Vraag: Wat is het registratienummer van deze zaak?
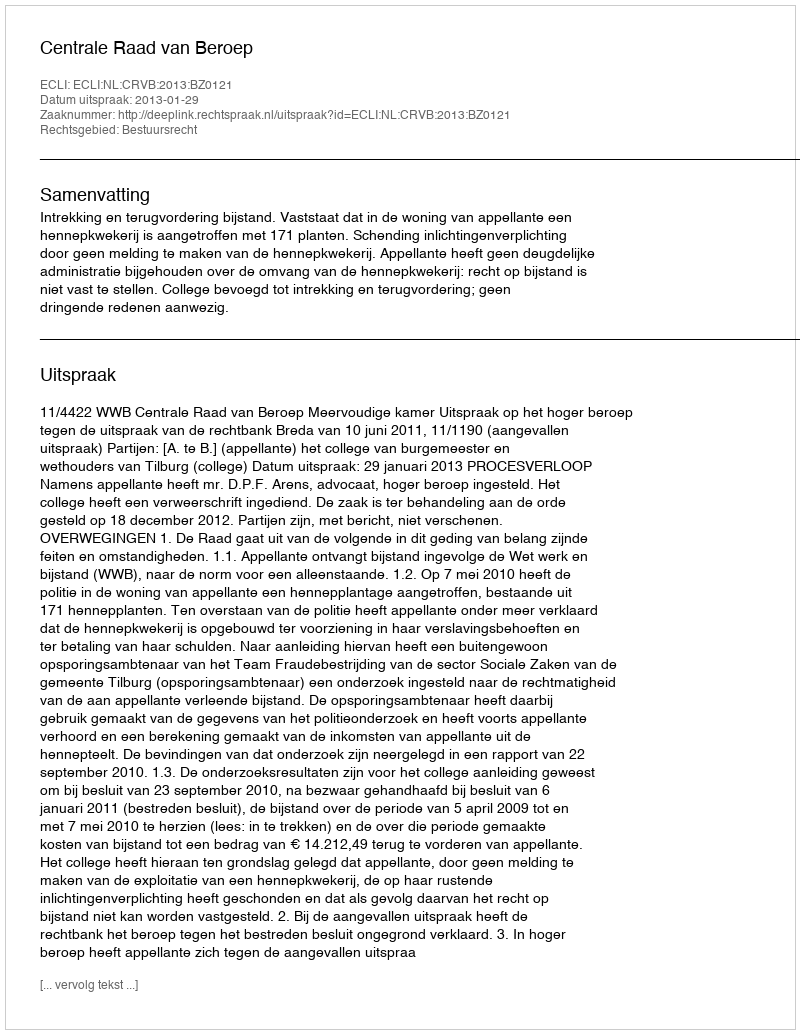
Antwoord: http://deeplink.rechtspraak.nl/uitspraak?id=ECLI:NL:CRVB:2013:BZ0121